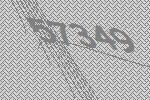
57349